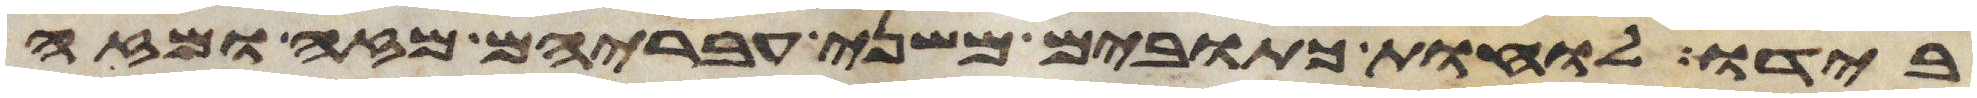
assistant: בידו לוחת כתובים משני עבריהם מזה ומזה